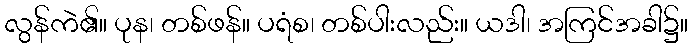
လွန်ကဲ၏။ ပုန၊ တစ်ဖန်။ ပရံစ၊ တစ်ပါးလည်း။ ယဒါ၊ အကြင်အခါ၌။